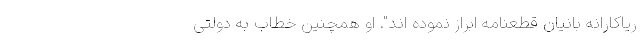
ریاکارانه بانیان قطعنامه ابراز نموده اند". او همچنین خطاب به دولتی